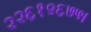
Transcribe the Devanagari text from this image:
२२६१९६७५।